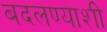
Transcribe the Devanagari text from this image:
बदलण्याशी